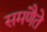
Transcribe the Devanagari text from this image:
समणैते